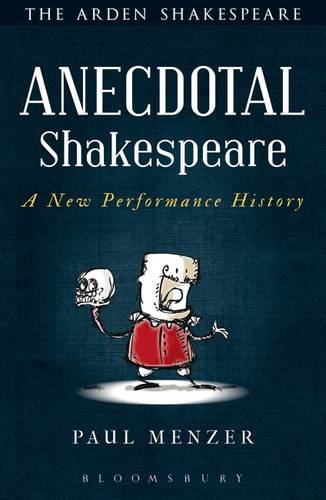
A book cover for Anecdotal Shakespeare: A New Performance History; Paul Menzer; Literature & Fiction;